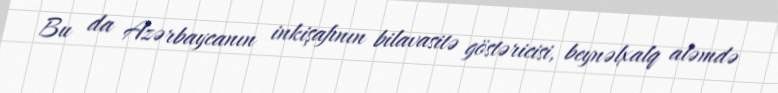
Bu da Azərbaycanın inkişafının bilavasitə göstəricisi, beynəlxalq aləmdə